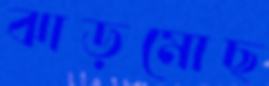
ঝাড়মোছ